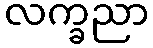
လက္ခညာ